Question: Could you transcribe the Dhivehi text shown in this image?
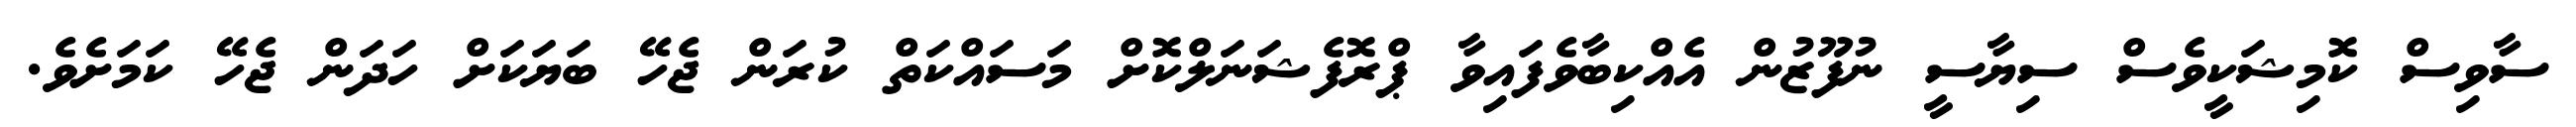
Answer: ސާވިސް ކޮމިޝަކީވެސް ސިޔާސީ ނުފޫޒުން އެއްކިބާވެފައިވާ ޕްރޮފެޝަނަލްކޮށް މަސައްކަތް ކުރަން ޖެހޭ ބަޔަކަށް ހަދަން ޖެހޭ ކަމަށެވެ.